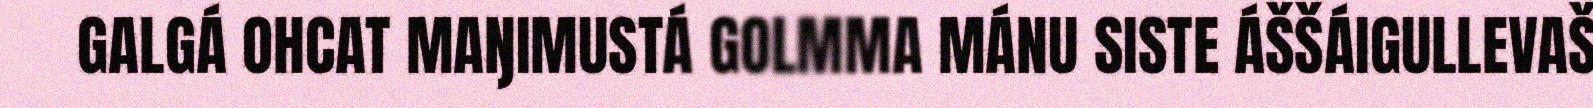
GALGÁ OHCAT MAŊIMUSTÁ GOLMMA MÁNU SISTE ÁŠŠÁIGULLEVAŠ